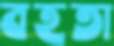
বহতা